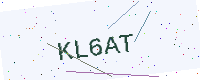
Text: KL6AT